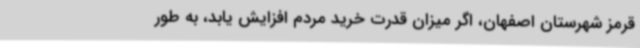
قرمز شهرستان اصفهان، اگر میزان قدرت خرید مردم افزایش یابد، به طور